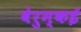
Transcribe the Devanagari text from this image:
वेरुम्कई